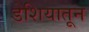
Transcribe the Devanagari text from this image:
डेशियातून